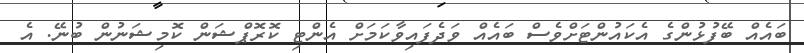
ބައެއް ބޭފުޅުންގެ އެކައުންޓަށްވެސް ބައެއް ވަދެފައިވާކަމަށް އެންޓި ކޮރޮޕްޝަން ކޮމިޝަނުން ބުނޭ. އެ